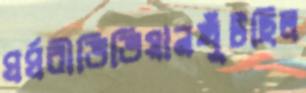
ঘর্ঘরীভিভিয়ানখুঁটছিল